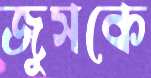
জুসকে